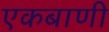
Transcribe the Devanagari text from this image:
एकबाणी